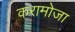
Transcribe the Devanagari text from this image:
करामोजा